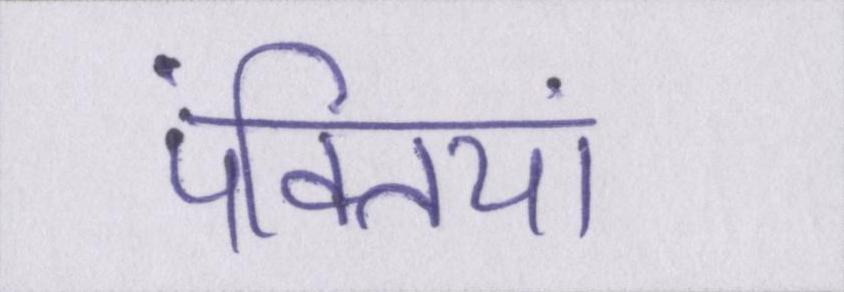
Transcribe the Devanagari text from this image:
पंक्तियां